Punjab Mental Hospital Lahore 1932-46 - 1932-1946
Year: 1932
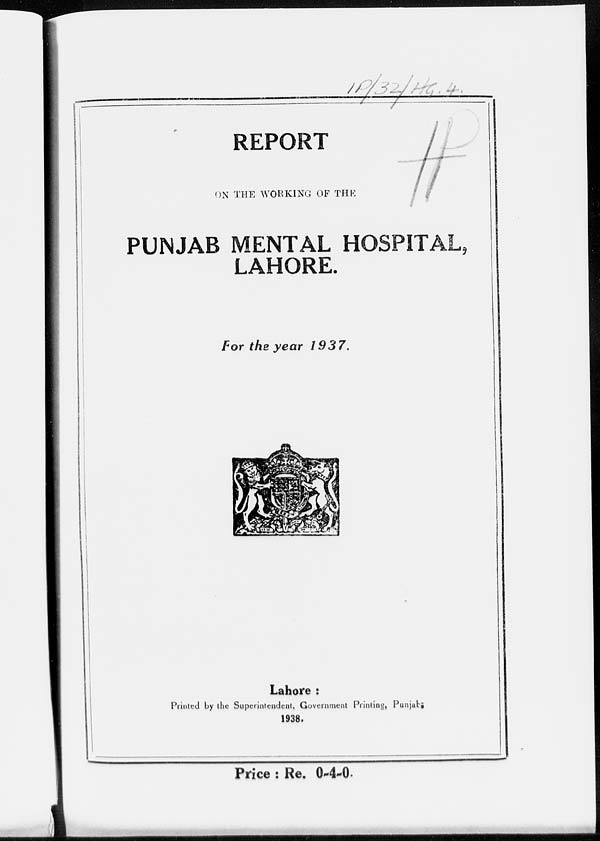
REPORT
ON THE WORKING OF THE
PUNJAB MENTAL HOSPITAL,
LAHORE.
For the year
1937.
Lahore :
Printed by the Superintendent, Government Printing, Punjab,
1938.
Price : Re. 0-4-0.